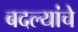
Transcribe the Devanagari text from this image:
बदल्यांचे